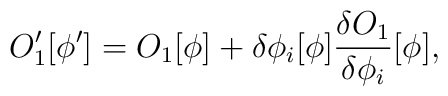
O_1^\prime[\phi^\prime]=O_1[\phi]+\delta\phi_i[\phi]{\delta O_1\over{\delta\phi_i}}[\phi],